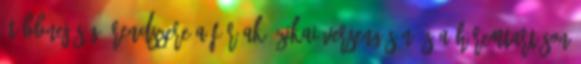
„többnejűség” rendszere a férﬁak ﬁzikai versengésén és a háremtartáson